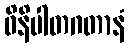
ဝိနိပါတဂတာနံ